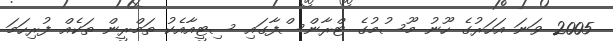
2005 ވަނަ އަހަރުގެ ހޫނު މޫސުމުގެ ޓްރާންސްފާގައި ސިޓީއާއެކު ތަމްރީން ތަކެއް ފުރިހަމަ